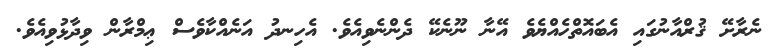
ނެރާށޭ ޤުރްއާނުގައި އެބައޮތްހެއްޔެވެ އޭނާ ނޫނެކޭ ދެންނެވިއެވެ. އެހިނދު އަނެއްކާވެސް ޢިމްރާން ވިދާޅުވިއެވެ.